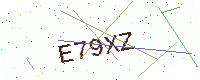
Text: E79XZ